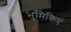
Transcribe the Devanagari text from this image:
भुमिकिएं